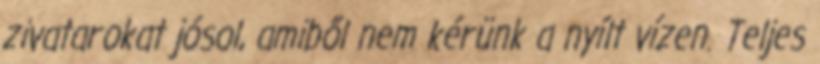
zivatarokat jósol, amiből nem kérünk a nyílt vízen. Teljes